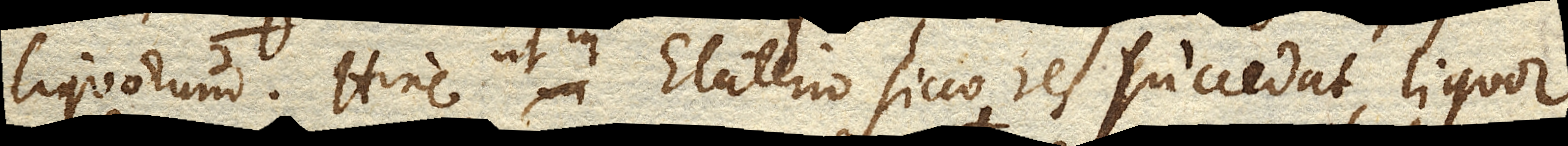
liquorum. Hinc ut in Elaterio sicco res succedat, liquor